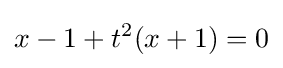
x-1+t^{2}(x+1)=0